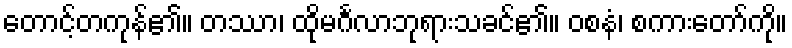
တောင့်တကုန်၏။ တဿာ၊ ထိုမင်္ဂလာဘုရားသခင်၏။ ဝစနံ၊ စကားတော်ကို။